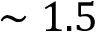
\sim 1 . 5